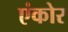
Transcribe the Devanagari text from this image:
एंकोर